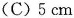
(C)5cm